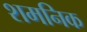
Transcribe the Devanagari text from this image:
शमनिक